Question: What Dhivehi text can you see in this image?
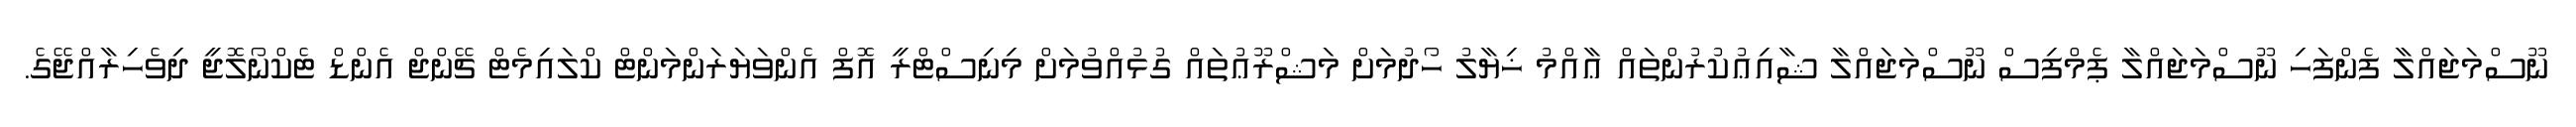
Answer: ނޫސްމަޖައްލާ ފެންފަހި ނޫސްމަޖައްލާ ޕެމްފިސް ނޫސްމަޖައްލާ ޝާއިޢުކުރުންތައް ޢާއްމު ޚިޔާލު ހޯދުމަށް މަޝްރޫޢުތައް ގުޅުއްވުމަށް މިނިސްޓްރީ އޮފް އެންވަޔަރަންމަންޓް ކްލައިމެޓް ޗޭންޖް އެންޑް ޓެކްނޯލޮޖީ ދިވެހިރާއްޖޭގެ.